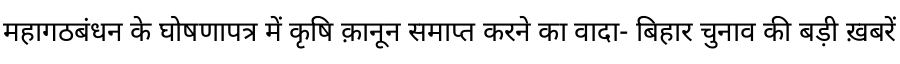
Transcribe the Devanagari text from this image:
महागठबंधन के घोषणापत्र में कृषि क़ानून समाप्त करने का वादा- बिहार चुनाव की बड़ी ख़बरें